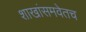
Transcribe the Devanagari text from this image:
शाखांसमवेतच